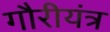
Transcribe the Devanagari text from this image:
गौरीयंत्र